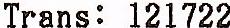
TRANS: 121722